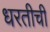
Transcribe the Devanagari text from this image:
धरतीची